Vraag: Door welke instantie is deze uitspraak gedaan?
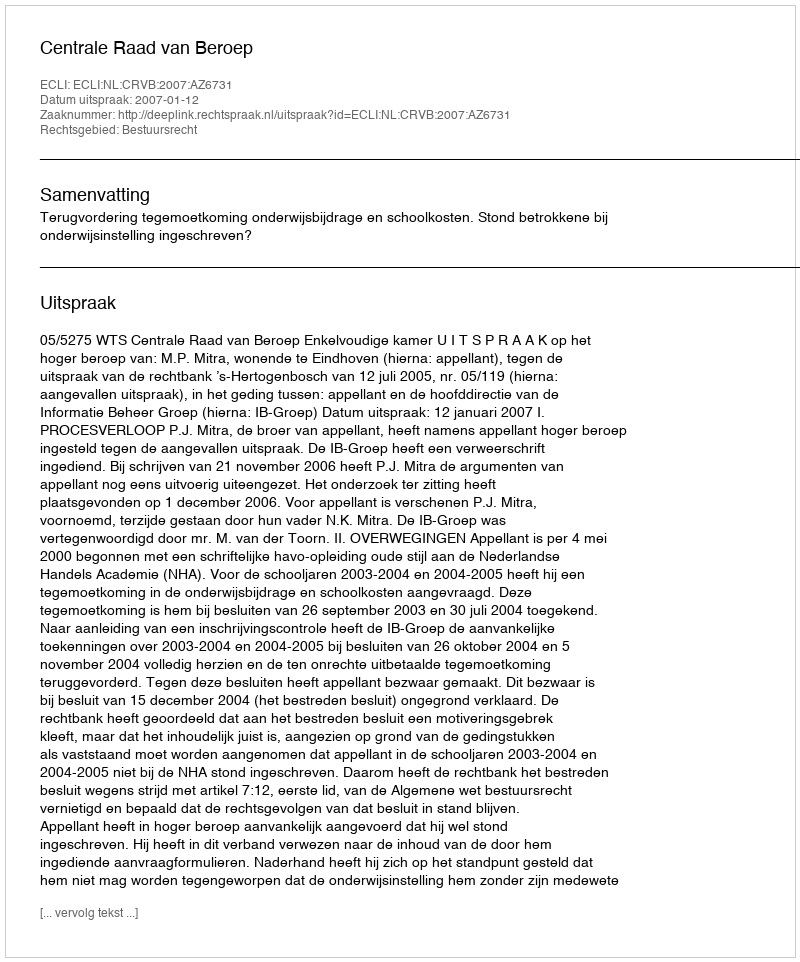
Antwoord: Centrale Raad van Beroep